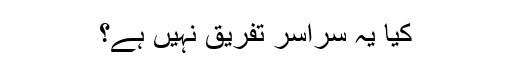
کیا یہ سراسر تفریق نہیں ہے؟